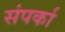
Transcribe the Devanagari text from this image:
संपर्का